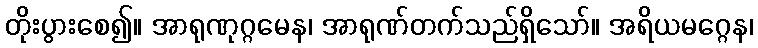
တိုးပွားစေ၍။ အာရုဏုဂ္ဂမေန၊ အာရုဏ်တက်သည်ရှိသော်။ အရိယမဂ္ဂေန၊